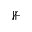
\nVdash